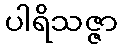
ပါရိသဇ္ဇာ